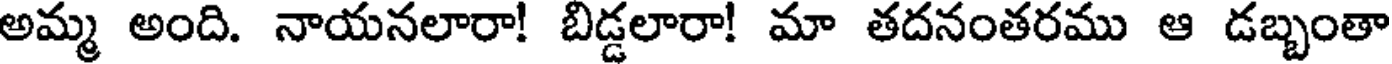
అమ్మ అంది. నాయనలారా! బిడ్డలారా! మా తదనంతరము ఆ డబ్బంతా